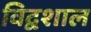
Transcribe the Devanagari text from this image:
विद्वशाल